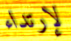
لإرتداء